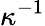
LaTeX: \kappa^{-1}